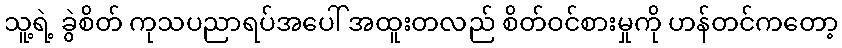
သူ့ရဲ့ ခွဲစိတ် ကုသပညာရပ်အပေါ် အထူးတလည် စိတ်ဝင်စားမှုကို ဟန်တင်ကတော့